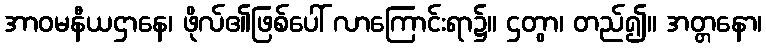
အာဝမနီယဌာနေ၊ ဖိုလ်၏ဖြစ်ပေါ် လာကြောင်းရာ၌။ ဌတွာ၊ တည်၍။ အတ္တနော၊